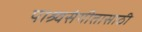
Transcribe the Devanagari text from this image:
पाश्र्वसंगीतासाठी